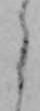
う